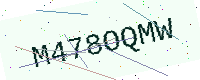
Text: M478OQMW